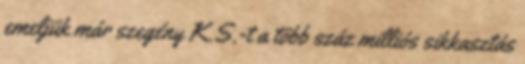
emeljük már szegény K.S.-t a több száz milliós sikkasztás